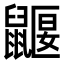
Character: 鼴